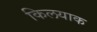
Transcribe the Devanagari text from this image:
किलयाक